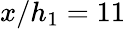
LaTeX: x/h_{1}=11